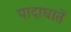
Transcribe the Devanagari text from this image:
पादाघातें